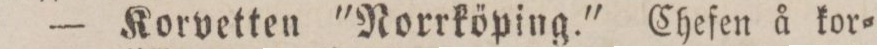
— Korvetten "Norrköping." Chefen å kor=